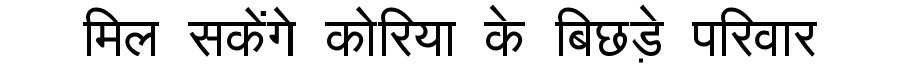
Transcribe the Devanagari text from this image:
मिल सकेंगे कोरिया के बिछड़े परिवार